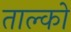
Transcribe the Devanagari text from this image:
ताल्को